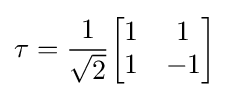
\tau ={\frac {1}{\sqrt {2}}}{\begin{bmatrix}1&1\\1&-1\end{bmatrix}}